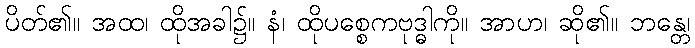
ပိတ်၏။ အထ၊ ထိုအခါ၌။ နံ၊ ထိုပစ္စေကဗုဒ္ဓါကို။ အာဟ၊ ဆို၏။ ဘန္တေ၊